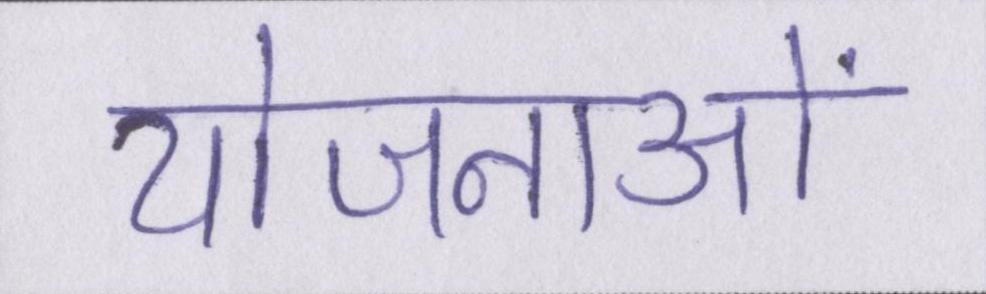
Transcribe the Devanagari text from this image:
योजनाओं